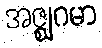
အဇ္ဈဂမာ